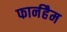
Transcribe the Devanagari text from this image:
फार्नहैम